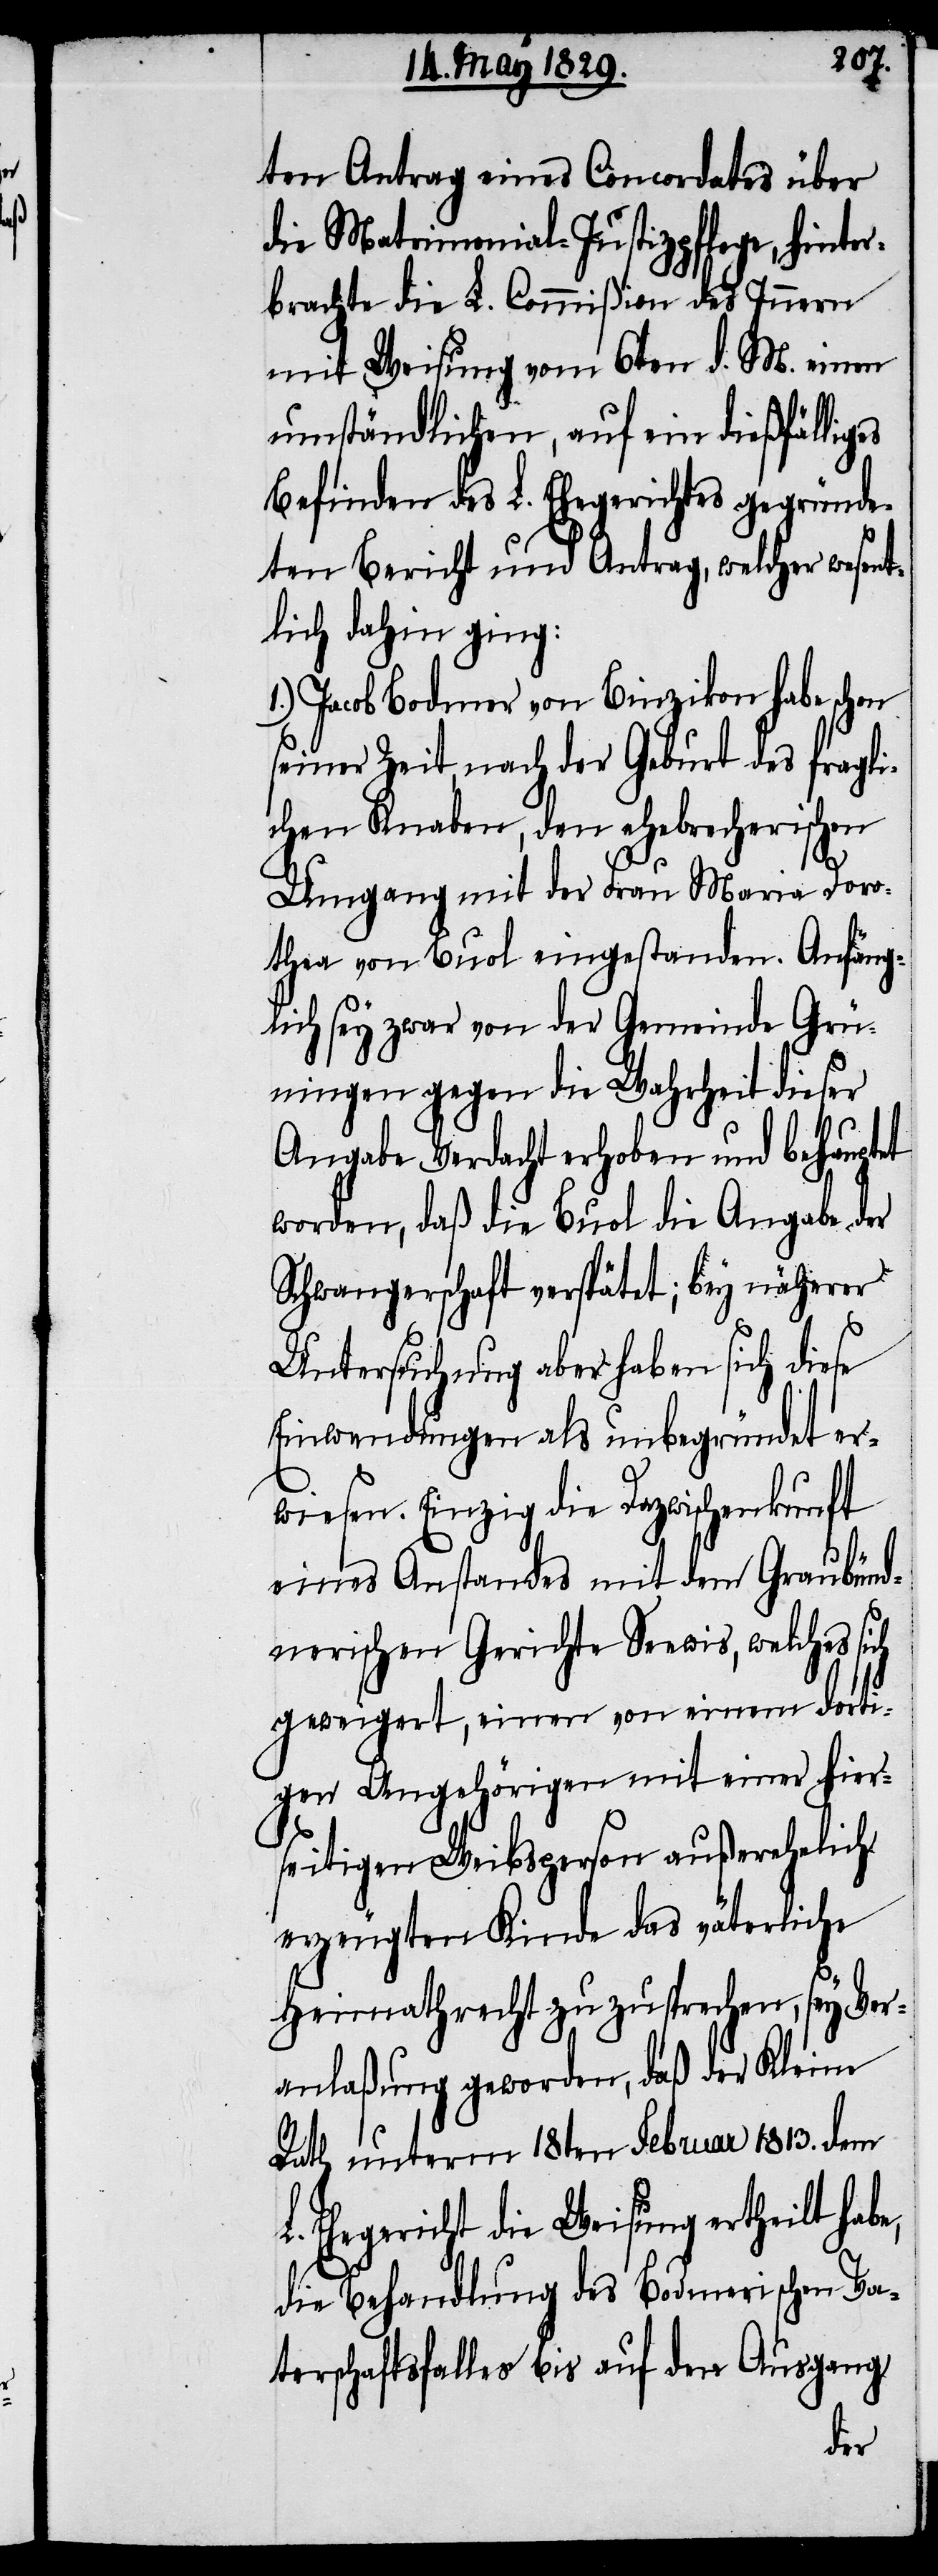
ten Antrag eines Concordates über
die Matrimonial-Justizpflege, hinter¬
brachte die L. Commißion des Innern
mit Weisung vom 6ten d. M. einen
umständlichen, auf ein dießfälliges
Befinden des L. Ehegerichtes gegründe¬
ten Bericht und Antrag, welcher wesent¬
lich dahin ging:
Jacob Bodmer von Binzikon habe schon
seiner Zeit, nach der Geburt des fragli¬
chen Knaben, den ehebrecherischen
Umgang mit der Frau Maria Doro¬
thea von Buol eingestanden. Anfäng¬
lich sey zwar von der Gemeinde Grü¬
ningen gegen die Wahrheit dieser
Angabe Verdacht erhoben und behauptet
worden, daß die Buol die Angabe der
Schwangerschaft verspätet; bey näherer
Untersuchung aber haben sich diese
Einwendungen als unbegründet er¬
wiesen. Einzig die Dazwischenkunft
eines Anstandes mit dem Graubünd¬
nerischen Gerichte Seewis, welches si¬
ch geweigert, einen von einem dorti¬
gen Angehörigen mit einer hier¬
seitigen Weibsperson außerehelich
erzeugten Kinde das väterliche
Heimathrecht zuzusprechen, sey Ver¬
anlaßung geworden, daß der Kleine
Rath unterm 18ten Februar 1813. dem
L. Ehegericht die Weisung ertheilt habe,
die Behandlung des Bodmerischen Va¬
terschaftsfalles bis auf den Ausgang